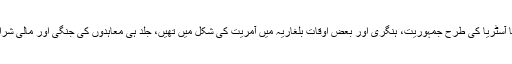
ان کی حکومتوں نے، چاہے وہ جرمنی یا آسٹریا کی طرح جمہوریت، ہنگری اور بعض اوقات بلغاریہ میں آمریت کی شکل میں تھیں، جلد ہی معاہدوں کی جنگی اور مالی شرائط کی خلاف ورزی کرنا شروع کردی۔